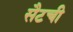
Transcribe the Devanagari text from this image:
सैटची